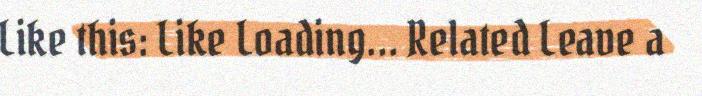
Like this: Like Loading... Related Leave a